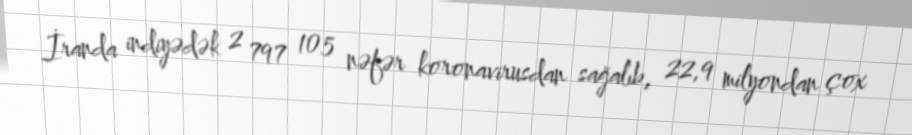
İranda indiyədək 2 797 105 nəfər koronavirusdan sağalıb, 22,9 milyondan çox